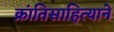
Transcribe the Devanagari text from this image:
क्रांतिसाहित्याने